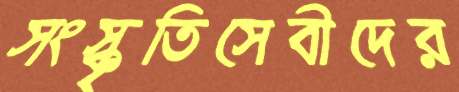
সংস্কৃতিসেবীদের